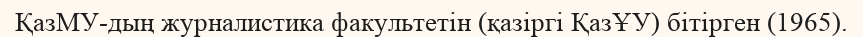
ҚазМУ-дың журналистика факультетін (қазіргі ҚазҰУ) бітірген (1965).